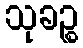
သုခဉ္စ